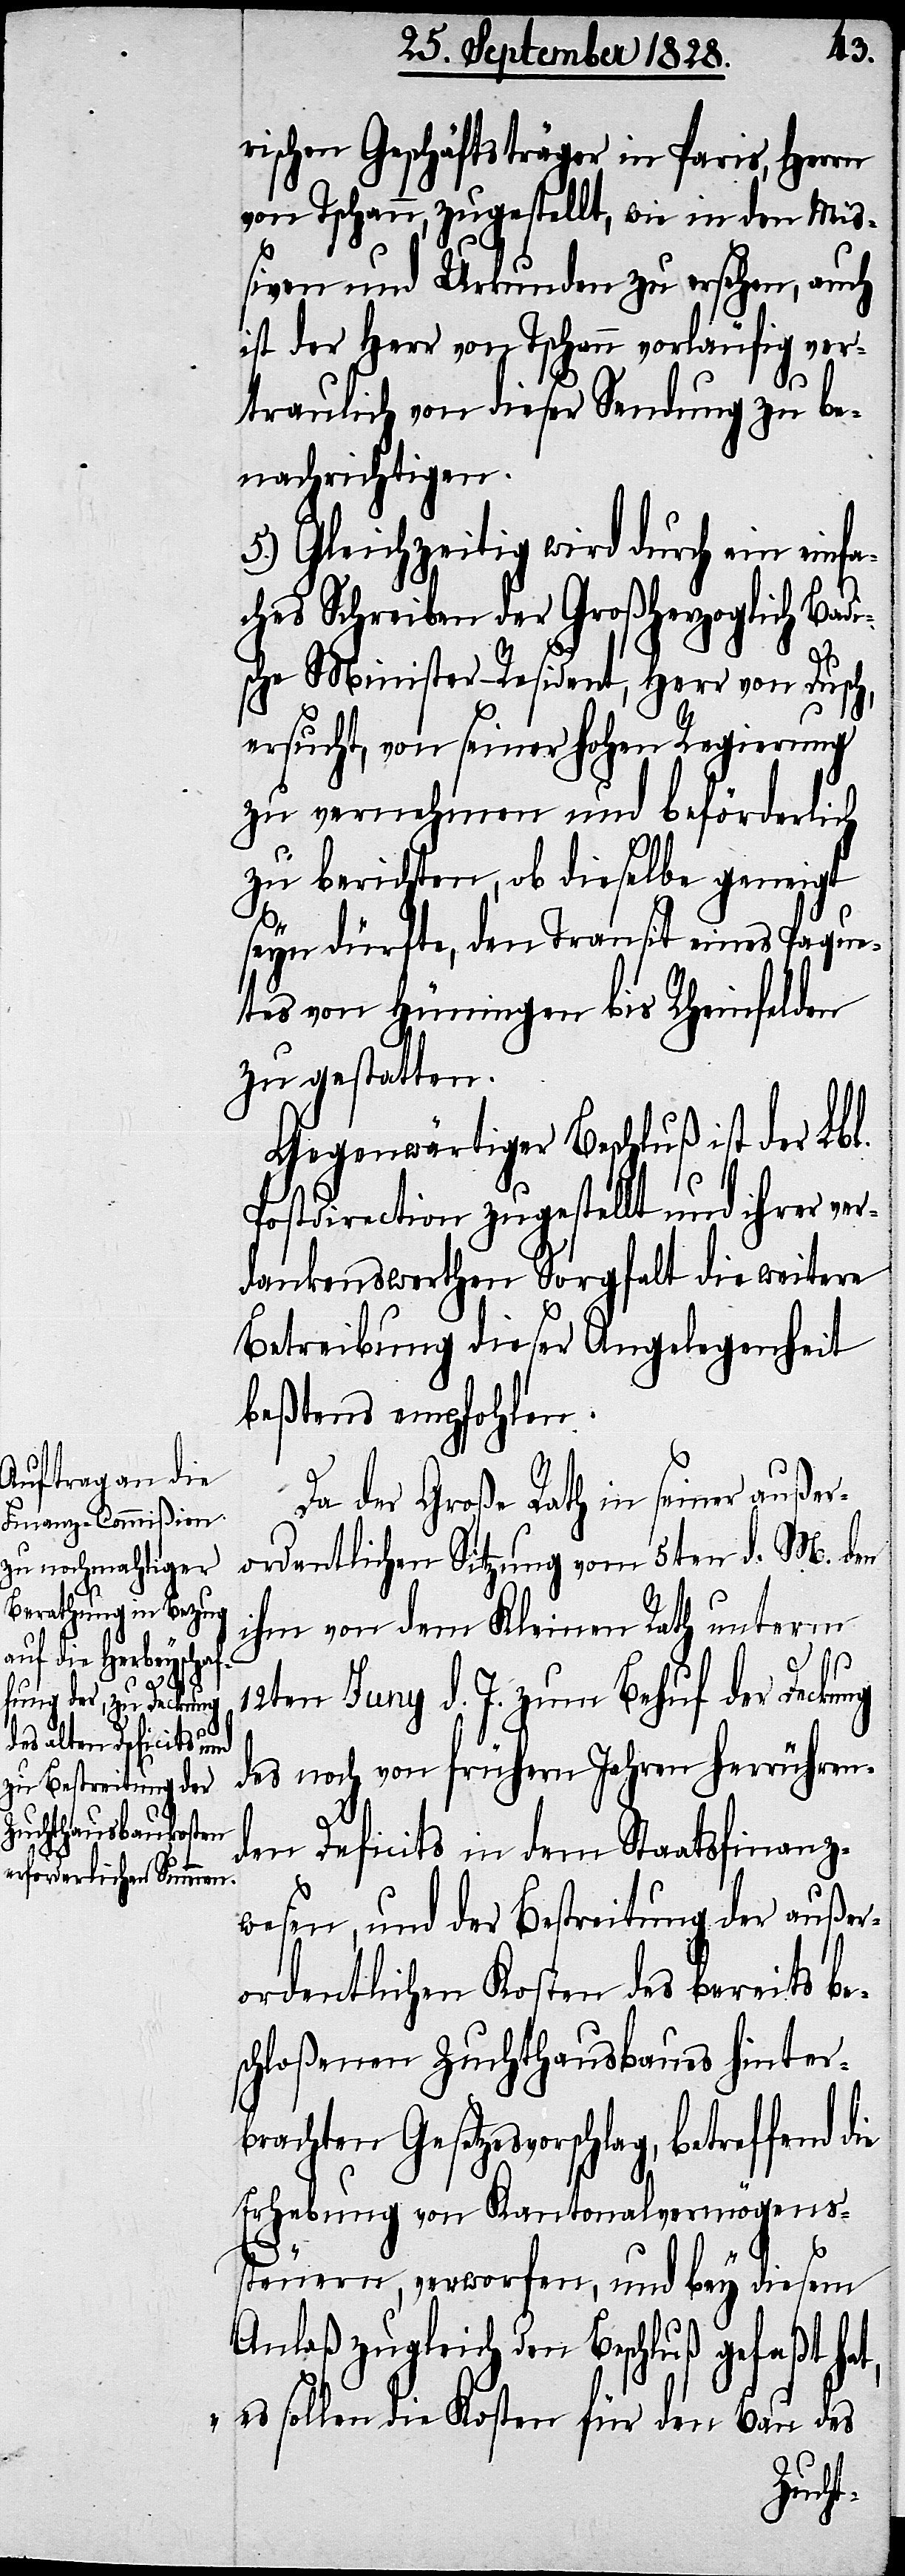
rischen Geschäftsträger in Paris, Herrn
von Tschann, zugestellt, wie in den Miß¬
iven und Urkunden zu ersehen, auch
ist der Herr von Tschann vorläufig ver¬
traulich von dieser Sendung zu be¬
nachrichtigen.
5.) Gleichzeitig wird durch ein einf¬
aches Schreiben der Großherzoglich Badi¬
t,
sche Minister-Resident, Herr von Dusch,
ersucht, von seiner hohen Regierung
zu vernehmen und beförderlich
zu berichten, ob dieselbe geneigt
seyn dürfte, den Transit eines Paque¬
tes von Hüningen bis Rheinfelden
zu gestatten.
Gegenwärtiger Beschluß ist der Lbl.
Postdirection zugestellt und ihrer ver¬
dankenswerthen Sorgfalt die weitere
Betreibung dieser Angelegenheit
beßtens empfohlen.
Da der Große Rath in seiner außer¬
ordentlichen Sitzung vom 5ten d. M. den
ihm von dem Kleinen Rath unterm
12ten Juny d. J. zum Behuf der Deckung
des noch von frühern Jahren herrühren¬
den Deficits in dem Staatsfinanz¬
wesen, und der Bestreitung der außer¬
ordentlichen Kosten des bereits be¬
schloßenen Zuchthausbaues hinter¬
brachten Gesetzesvorschlag, betreffend
Erhebung von Kantonalvermögens¬
steuern, verworfen, und bey diesem
Anlaß zugleich den Beschluß gefaßt ha¬
„es sollen die Kosten für den Bau des